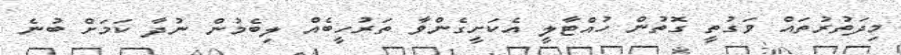
މިދަތުރުތައް ވަގުތީ ގޮތުން ހުއްޓާލީ އެކަށީގެންވާ ތަރުހީބެއް ލިބެމުން ނުދާ ކަމަށް ބުނެ